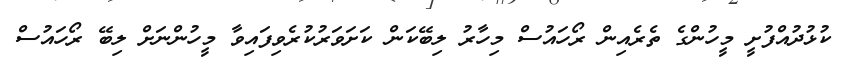
ކުޅުދުއްފުށީ މީހުންގެ ތެރެއިން ރޯހައުސް މިހާރު ލިބޭކަން ކަށަވަރުކުރެވިފައިވާ މީހުންނަށް ލިބޭ ރޯހައުސް